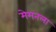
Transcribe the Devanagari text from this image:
मेमनला